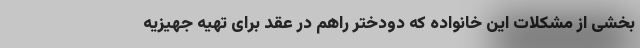
بخشی از مشکلات این خانواده که دودختر راهم در عقد برای تهیه جهیزیه